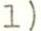
1)